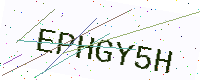
Text: EPHGY5H